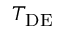
T _ { \mathrm { D E } }